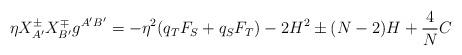
LaTeX: \begin{align*}\eta X^\pm_{A'} X^\mp_{B'} g^{A'B'} = -\eta^2 (q_T F_S + q_S F_T)-2H^2 \pm (N-2) H+\frac{4}{N} C\end{align*}